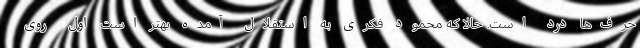
حرف‌ها درد است. حالا که محمود فکری به استقلال آمده بهتر است اول روی